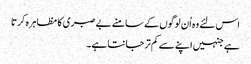
اس لئے وہ اُن لوگوں کے سامنے بے صبری کا مظاہرہ کرتا
ہے جنہیں اپنے سے کم تر جانتا ہے۔